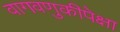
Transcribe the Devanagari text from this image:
वागवणुकीपेक्षा